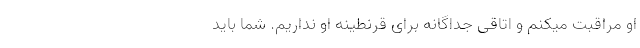
او مراقبت میکنم و اتاقی جداگانه برای قرنطینهٔ او نداریم. شما باید